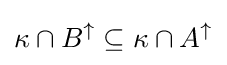
\kappa \cap B^{\uparrow }\subseteq \kappa \cap A^{\uparrow }